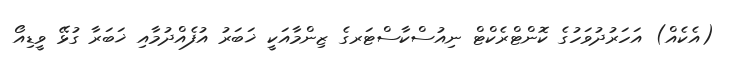
(އެކެއް) އަހަރުދުވަހުގެ ކޮންޓްރެކްޓް ނިއުސްކާސްޓަރގެ ޒިންމާއަކީ ޚަބަރު އުފެއްދުމާއި ޚަބަރާ ގުޅޭ ވީޑިއޯ